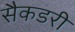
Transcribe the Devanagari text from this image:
सैकडरी